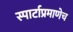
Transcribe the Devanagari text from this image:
स्पार्टाप्रमाणेच